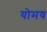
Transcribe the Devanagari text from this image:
योमय